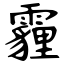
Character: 霾